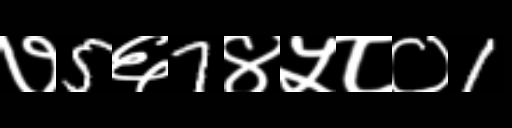
Text: ७5६7४५८०1